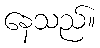
နေသည်။